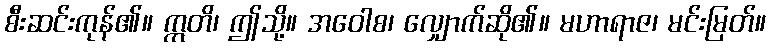
စီးဆင်းကုန်၏။ ဣတိ၊ ဤသို့။ အဝေါစ၊ လျှောက်ဆို၏။ မဟာရာဇ၊ မင်းမြတ်။